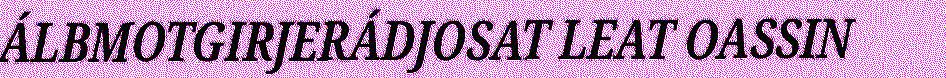
ÁLBMOTGIRJERÁDJOSAT LEAT OASSIN